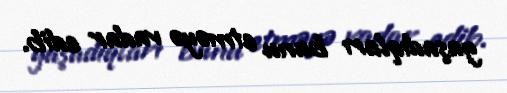
yaşadıqları bunu etməyə vadar edib.